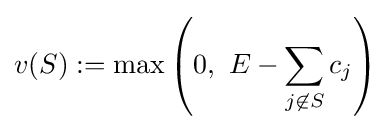
v(S):=\max \left(0,~E-\sum _{j\not \in S}c_{j}\right)